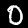
Digit: 0